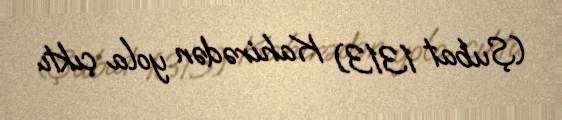
(Şubat 1313) Kahirədən yola çıktı.